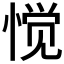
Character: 𱞶